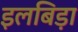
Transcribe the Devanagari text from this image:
इलबिड़ा